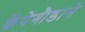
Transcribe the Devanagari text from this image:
केंपेगौडाने